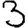
Digit: 3